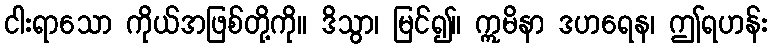
ငါးရာသော ကိုယ်အဖြစ်တို့ကို။ ဒိသွာ၊ မြင်၍။ ဣမိနာ ဒဟရေန၊ ဤရဟန်း